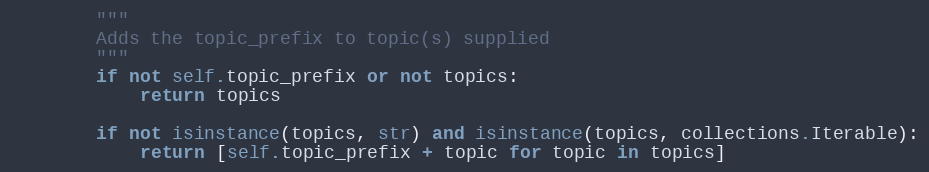
Language: Python
        """
        Adds the topic_prefix to topic(s) supplied
        """
        if not self.topic_prefix or not topics:
            return topics

        if not isinstance(topics, str) and isinstance(topics, collections.Iterable):
            return [self.topic_prefix + topic for topic in topics]